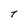
Character: T